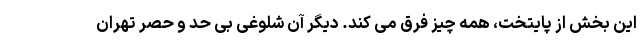
این بخش از پایتخت، همه چیز فرق می کند. دیگر آن شلوغی بی حد و حصر تهران